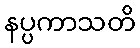
နပ္ပကာသတိ